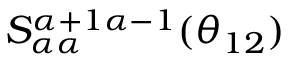
S _ { \alpha \alpha } ^ { \alpha + 1 \alpha - 1 } ( \theta _ { 1 2 } )